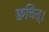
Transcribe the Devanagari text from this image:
क्वचित्‌।